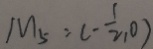
M _ { 5 } : ( - \frac { 1 } { 2 } , 0 )